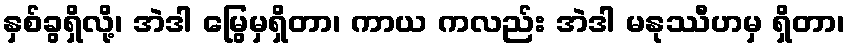
နှစ်ခွရှိလို့၊ အဲဒါ မြွေမှရှိတာ၊ ကာယ ကလည်း အဲဒါ မနုဿီဟမှ ရှိတာ၊